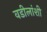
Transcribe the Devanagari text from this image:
वडीलांशी